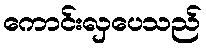
ကောင်းလှပေသည်